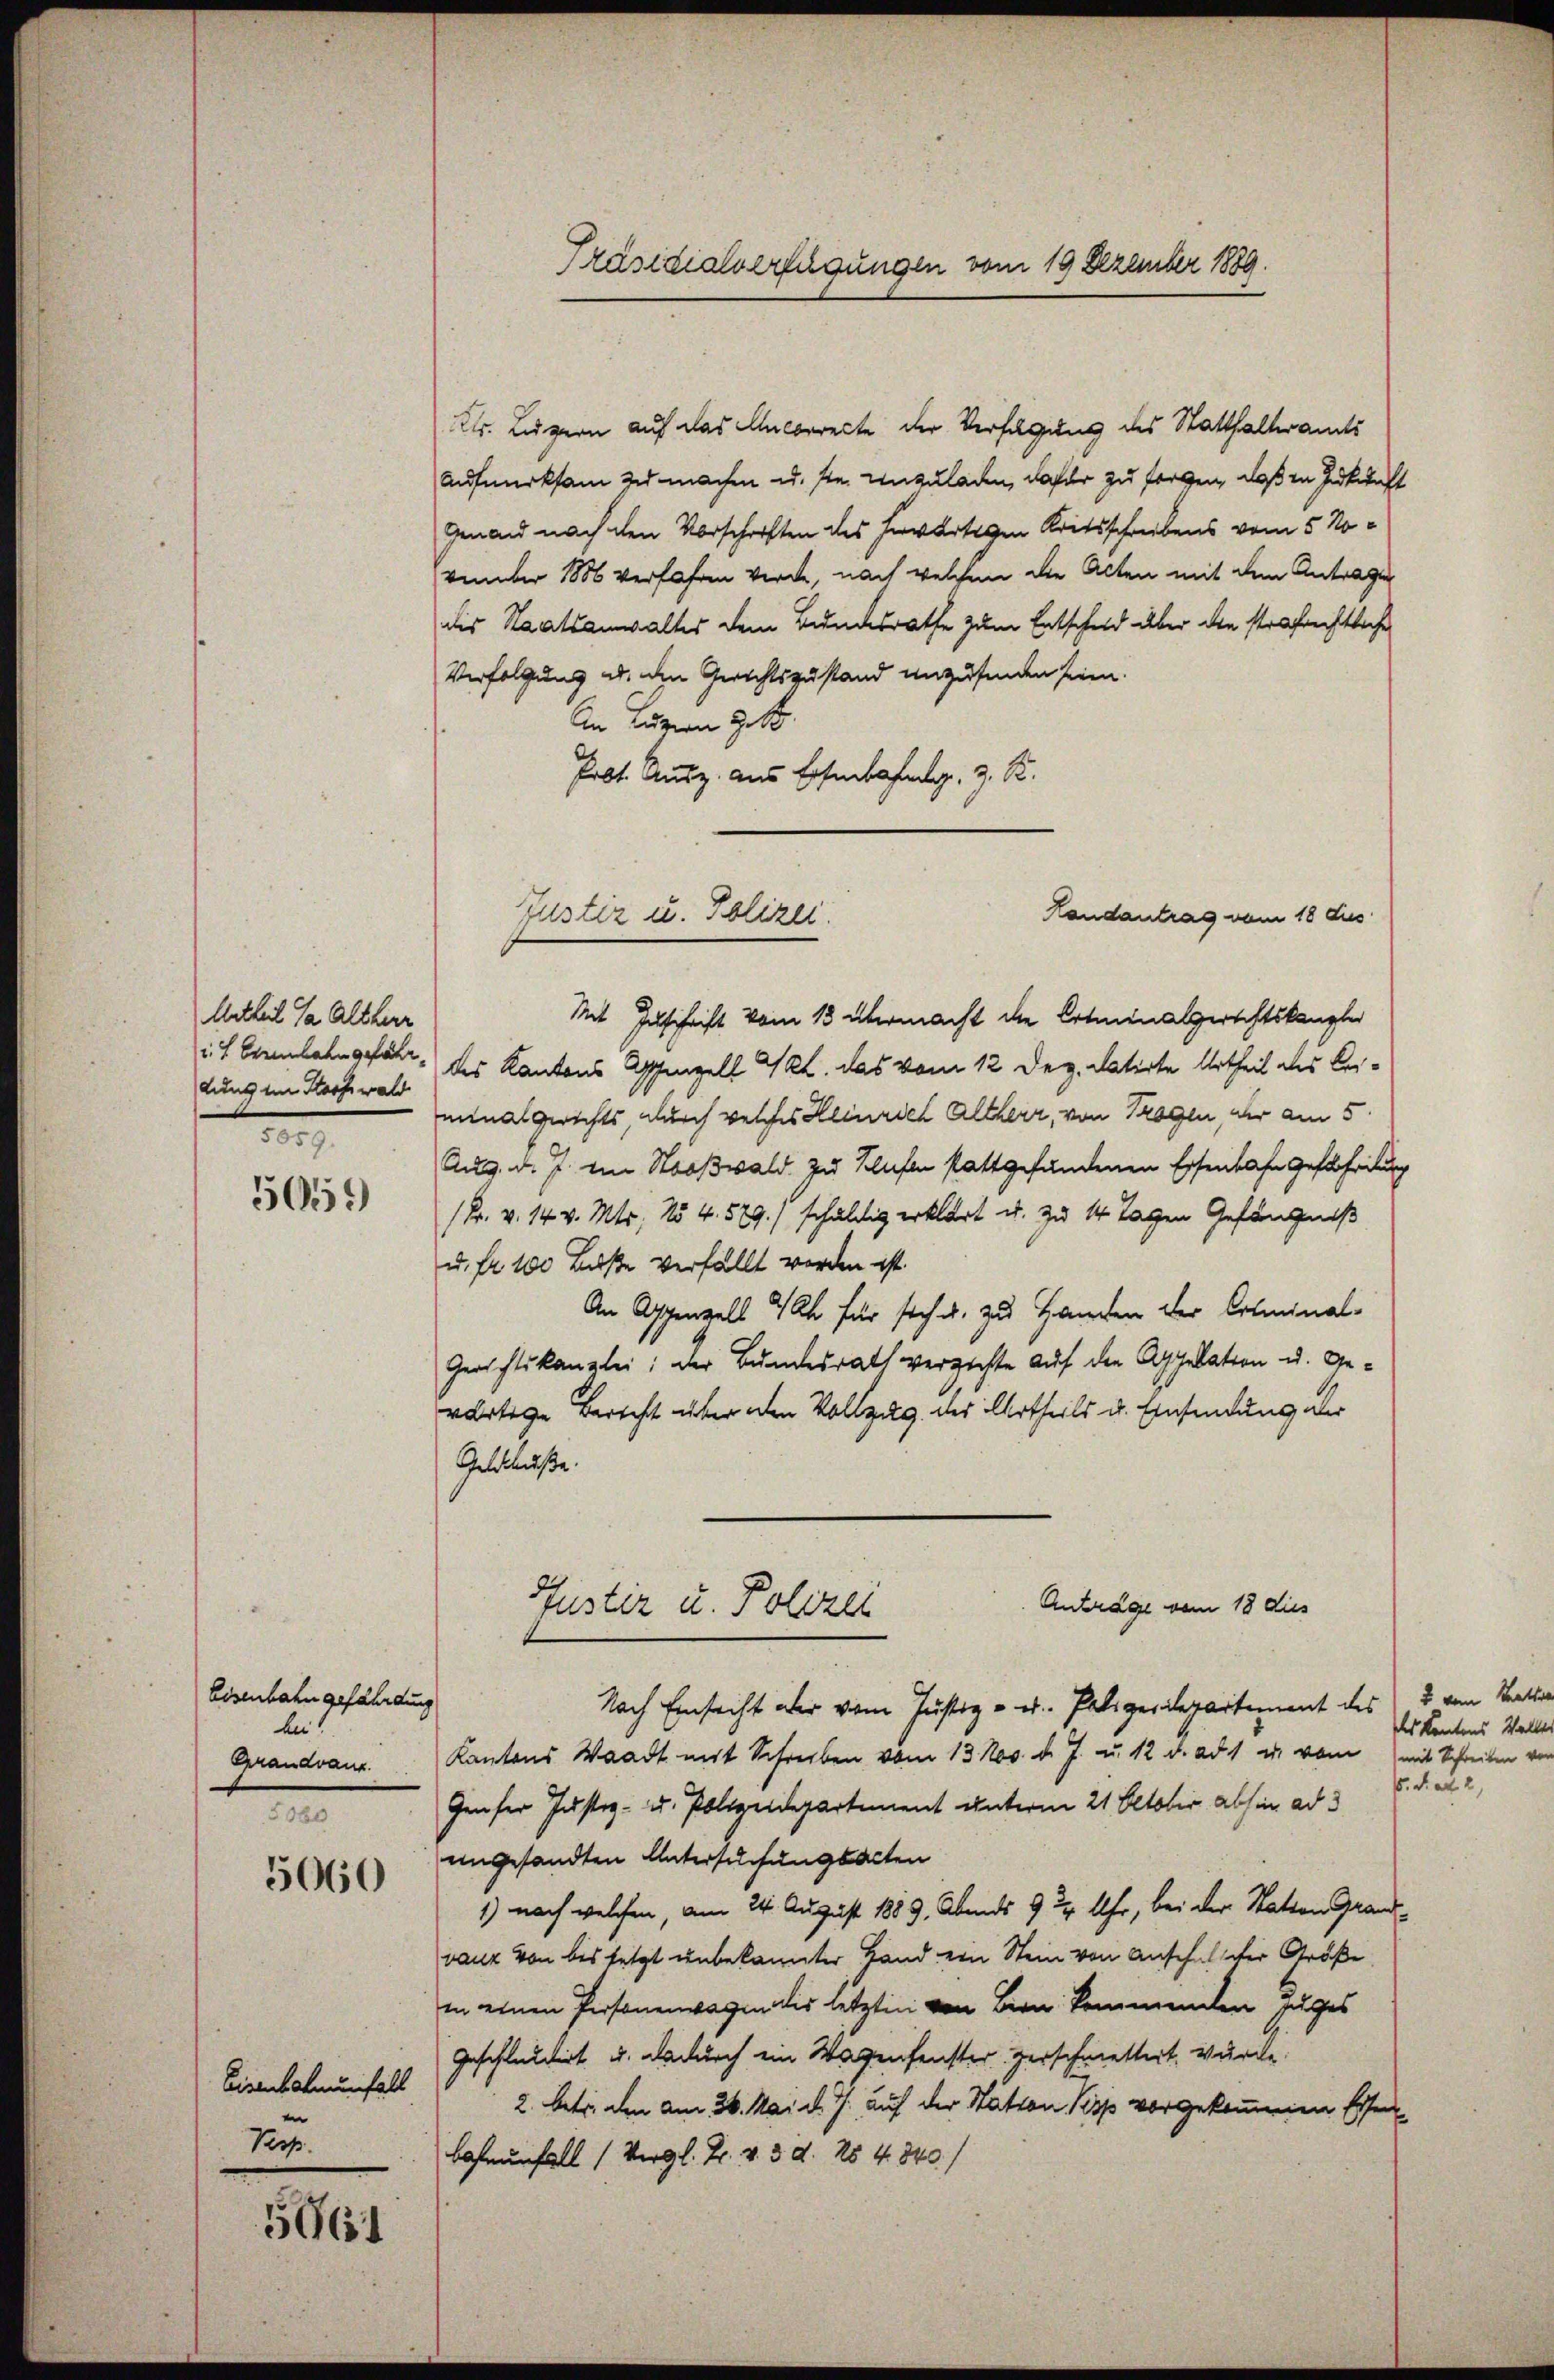
Urtheil da Altherr
i 4 Exenbahn gefähr
Luns im Staatswald
.

5059)

Eisenbahn gefährdung
bei
Grandvanz.
n

5060

Eisenbahnunfall
Perp

5961

Präsidialverfügungen vom 19 Dezember 1889.

tr. Luzern auf das Uncorrecte der Verfügung des Statthalteramts
Aufmerksam zu machen u. ste. Unzuladen, dafür zu sorgen, daß in Zukunft
Genand nach den Vorschriften des Erwärtigen Reitsschreibens vom 5 November 1886 verfahren werde, nach welchem die Acten mit dem Antragen
dis Staatsanwaltes dem Bundesrathe zum Entscheid über die strafrechtliche
Verfolgung u. den Gerichtszustand unzufinden seien.
An Euren Ges.
Prbt. Ausz. aus Eisenbahng, z. R.
Mit Zuschrift vom 13 übermacht die Ortminalgerichtskanzler
des Kantons Appenzell Akt. das vom 12 Dez. datirte Urtheil des Leiminalgerichts, durch welches Heinrich Altherr, von Tragen, der am 5
Aug. d. J. ein Stooswald zu Klafen stattgefundenen Eisenbahn geschreitung
(Fr. v. 14 v. Mts. No 4. 579./ schuldig erklärt u. zu 14 Tagen Gefängniß
u. fr. 100 Buße verfällt worden ist.
An Appenzell Ich für sich u. zu Handen der Criminal-
Gerichtskanzlei: Der Bundesrath verzichte auf den Appelation u. Gewärtige Bericht über den Vollzug des Urtheils u. Einsendung aber
Geschluße.
Antrage vom 18 dies
Justiz u. Polizei
Nach Einsicht über vom Justiz - u. Paligeriepartement des u vom Staats
Kantons Waadt mit Schreiben vom 13. Nov. d. J. u. 12 d. ad 1 u. vom mit Schreiben vor
. di ad 2,
Genfer Justiz- u. Polizeidepartement unterm 21. October abhin ad 3
engesandten Untersuchungsacten
1) nach welchen, am 24. August 1889 Abends 9 ½ Uhr, bei der Station Grandvanz von bis letzt unbekannter Hand von Stein von Anschalscher Größe
in einen Personenwagen des letzten von Bern kommenden Zuges
geschlaudiert u. dadurch ein Wagenfenster Herschmettert, wurde
2. betr. den am 26. Mai d. J. auf der Statten Kopp vorgekommenen Eisenbahrunfall (Vergl. Fr. v. 3. d. No 4840/

Handantrag vom 18 des
Justiz u. Polizei.

des Kantons Walte